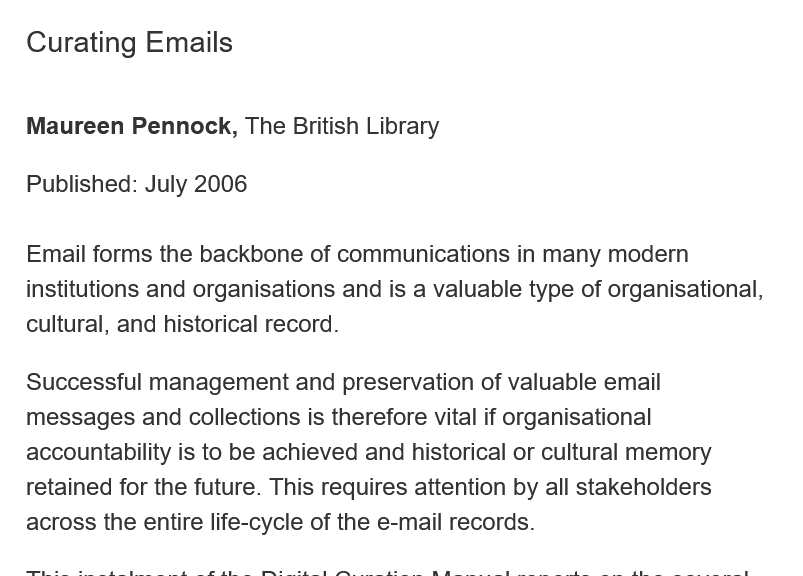
Curating  Emails
   Maureen  Pennock, The British Library
   Published: July 2006
   Email forms the backbone of communications in many modern
   institutions and organisations and is a valuable type of organisational.
   cultural, and historical record.
   Successful management and  preservation of valuable email
   messages and collections is therefore vital if organisational
   accountability is to be achieved and historical or cultural memory
   retained for the future. This requires attention by all stakeholders
   across the entire life-cycle of the e-mail records.